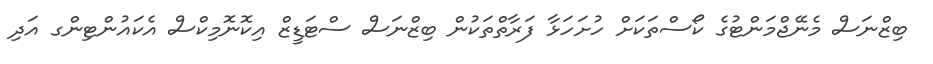
ބިޒްނަސް މެނޭޖްމަންޓުގެ ކޯސްތަކަށް ހުށަހަޅާ ފަރާތްތަކުން ބިޒްނަސް ސްޓަޑީޒް އިކޮނޮމިކްސް އެކައުންޓިންގ އަދި